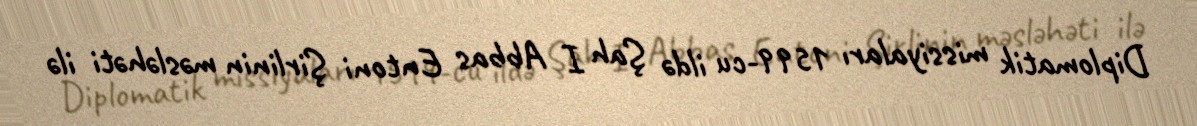
Diplomatik missiyaları 1599-cu ildə Şah I Abbas Entoni Şirlinin məsləhəti ilə